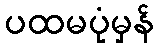
ပထမပုံမှန်